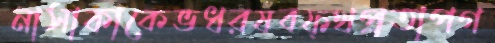
নাসাকাকেভধরষবফ্থপ্রতাপগ